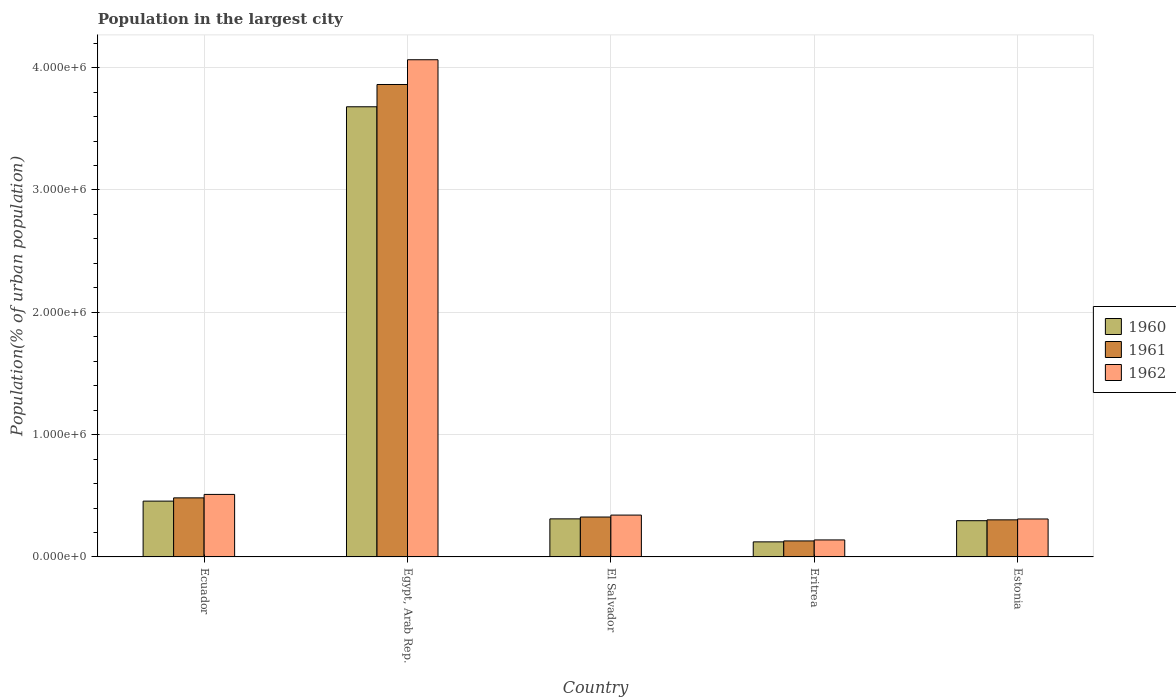
| Country | 1960 | 1961 | 1962 |
 | --- | --- | --- | --- |
 | Ecuador | 4.56e+05 | 4.83e+05 | 5.11e+05 |
 | Egypt, Arab Rep. | 3.68e+06 | 3.86e+06 | 4.06e+06 |
 | El Salvador | 3.11e+05 | 3.26e+05 | 3.42e+05 |
 | Eritrea | 1.23e+05 | 1.31e+05 | 1.39e+05 |
 | Estonia | 2.96e+05 | 3.03e+05 | 3.1e+05 |